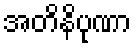
အတိနိပုဏာ